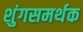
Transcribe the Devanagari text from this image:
शुंगसमर्थक